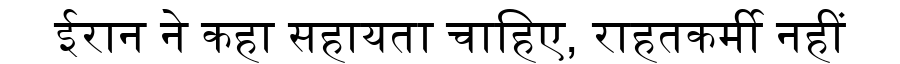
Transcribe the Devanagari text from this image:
ईरान ने कहा सहायता चाहिए, राहतकर्मी नहीं